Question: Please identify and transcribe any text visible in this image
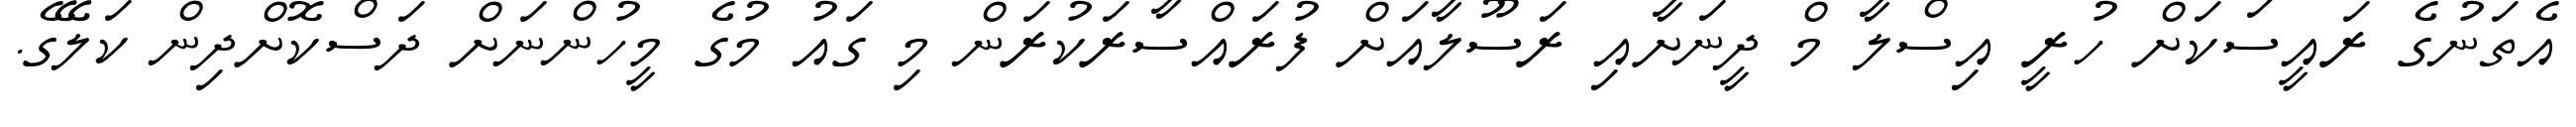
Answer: އެތަނުގެ ރައީސަކަށް ހުރީ އިސްލާ މް ދީނަށާއި ރަސޫލާއަށް ފުރައްސާރަކުރަން މި ގައު މުގެ މީހުންނަށް ދަސްކޮށްދިން ކަލޭގެ.